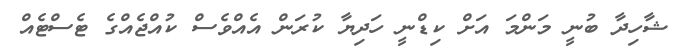
ޝާހިދާ ބުނީ މަންމަ އަށް ކިޑްނީ ހަދިޔާ ކުރަން އެއްވެސް ކުއްޖެއްގެ ޓެސްޓެއް